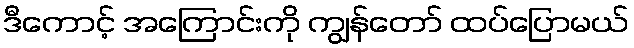
ဒီကောင့် အကြောင်းကို ကျွန်တော် ထပ်ပြောမယ်